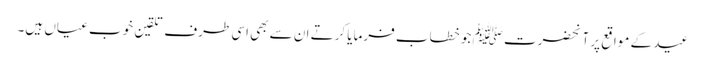
عید کے مواقع پر آنحضرت ﷺ جو خطاب فرمایا کرتے ان سے بھی اسی طرف تلقین خوب عیاں ہیں۔